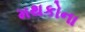
મથકોના